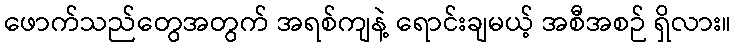
ဖောက်သည်တွေအတွက် အရစ်ကျနဲ့ ရောင်းချမယ့် အစီအစဉ် ရှိလား။